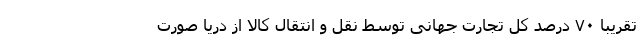
تقریبا ۷۰ درصد کل تجارت جهانی توسط نقل و انتقال کالا از دریا صورت